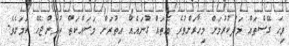
ވިހަ ގޭސްތައް މަދުކުރުމަށް މިހާރަށްވުރެ އެތައް ގުނައެއް އިތުރަށް މަސައްކަތް ކުރަންޖެހޭ ކަމަށެވެ.